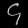
Digit: ၄